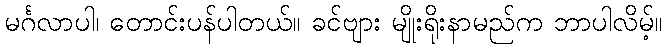
မင်္ဂလာပါ၊ တောင်းပန်ပါတယ်။ ခင်ဗျား မျိုးရိုးနာမည်က ဘာပါလိမ့်။